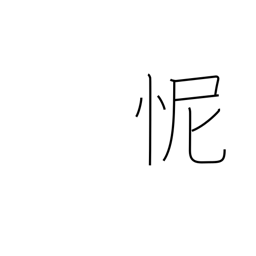
Meaning: shame